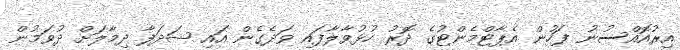
އިރުއޮއްސުނު ފަހުން އެޕާޓްމެންޓުގެ ދޮރު ހުޅުވާލާފައި ވަދެގެން އައި ޝަދަފާ ދިމާލަށް ދުވަމުން